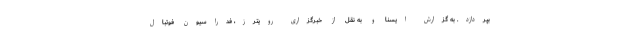
بپردازد. به گزارش ایسنا و به نقل از خبرگزاری رویترز، فدراسیون فوتبال